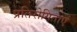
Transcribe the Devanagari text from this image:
प्रतिरोगिताएं